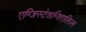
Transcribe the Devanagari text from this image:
एग्जिस्टेशन्शिएलिज़्म